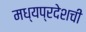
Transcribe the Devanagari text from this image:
मध्यप्रदेशची